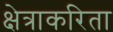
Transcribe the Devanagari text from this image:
क्षेत्राकरिता